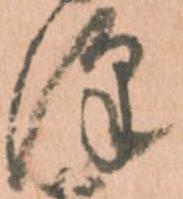
澤